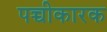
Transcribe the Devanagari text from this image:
पच्चीकारक